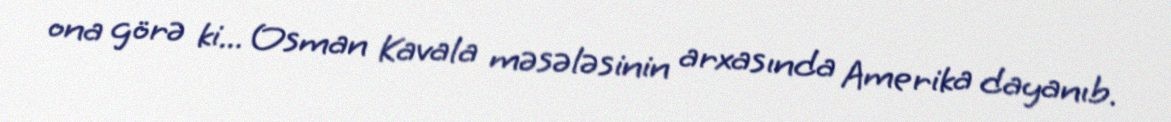
ona görə ki... Osman Kavala məsələsinin arxasında Amerika dayanıb.